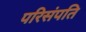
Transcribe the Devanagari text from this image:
परिसंपति